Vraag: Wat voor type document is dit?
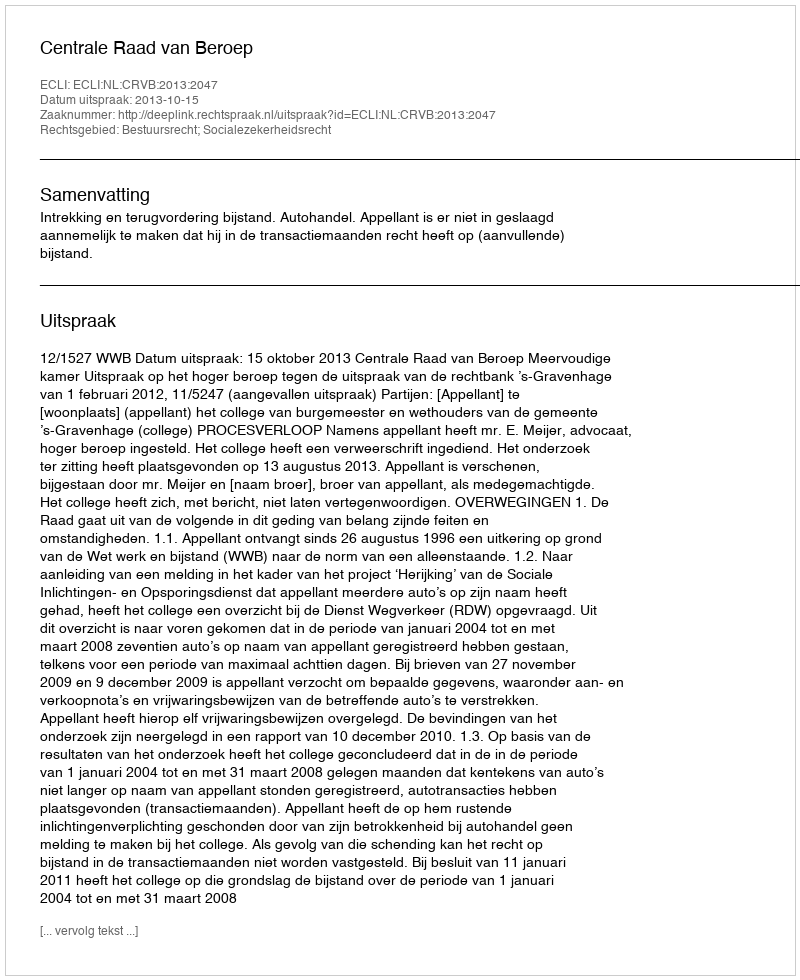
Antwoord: Uitspraak